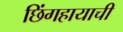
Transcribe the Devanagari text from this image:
छिंगहायाची